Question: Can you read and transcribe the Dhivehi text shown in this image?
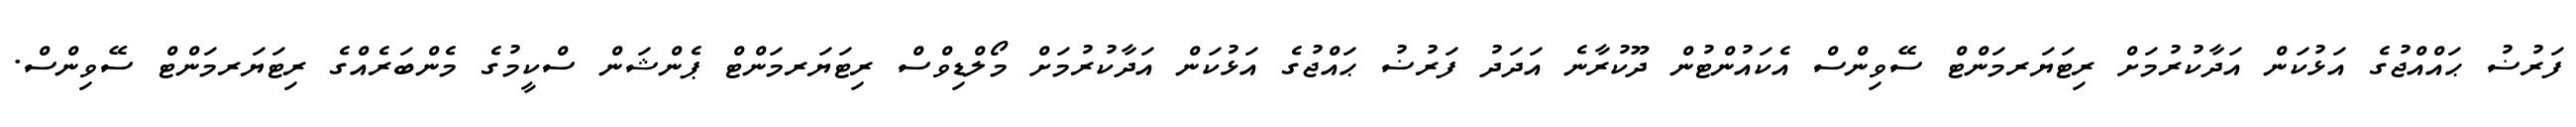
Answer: ފަރުޟު ޙައްއްޖުގެ އަޅުކަން އަދާކުރުމަށް ރިޓަޔަރމަންޓް ސޭވިންސް އެކައުންޓުން ދޫކުރާނެ އަދަދު ފަރުޟު ޙައްޖުގެ އަޅުކަން އަދާކުރުމަށް މޯލްޑިވްސް ރިޓަޔަރމަންޓް ޕެންޝަން ސްކީމުގެ މެންބަރެއްގެ ރިޓަޔަރމަންޓް ސޭވިންސް.